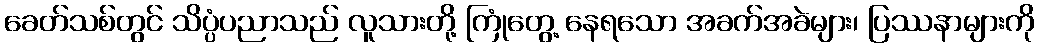
ခေတ်သစ်တွင် သိပ္ပံပညာသည် လူသားတို့ ကြုံတွေ့ နေရသော အခက်အခဲများ၊ ပြဿနာများကို